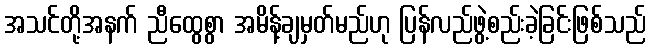
အသင်တို့အနက် ညီထွေစွာ အမိန့်ချမှတ်မည်ဟု ပြန်လည်ဖွဲ့စည်းခဲ့ခြင်းဖြစ်သည်